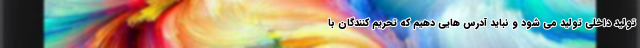
تولید داخلی تولید می شود و نباید آدرس هایی دهیم که تحریم کنندگان با